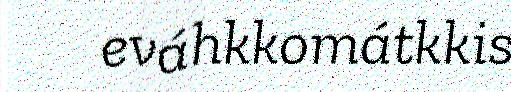
eváhkkomátkkis